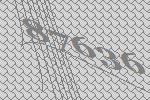
87636